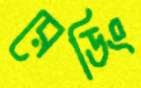
রেডিং